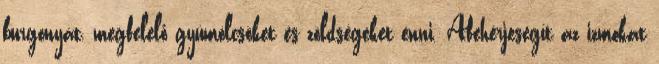
burgonyát, megfelelő gyümölcsöket és zöldségeket enni. Afehérjesegít az izmokat